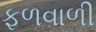
ફળવાળી